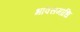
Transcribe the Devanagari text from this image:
भावसमाधि